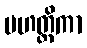
မဟတ္ထိကာ